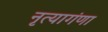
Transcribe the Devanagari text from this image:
नृत्यागंणा